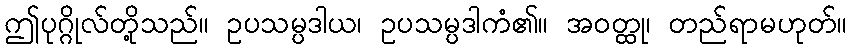
ဤပုဂ္ဂိုလ်တို့သည်။ ဥပသမ္ပဒါယ၊ ဥပသမ္ပဒါကံ၏။ အဝတ္ထု၊ တည်ရာမဟုတ်။